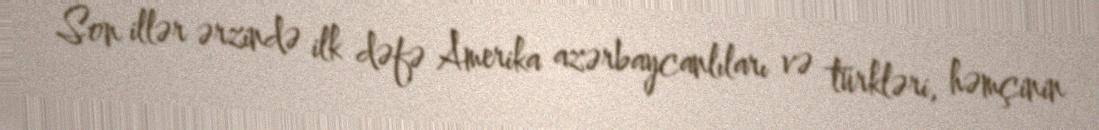
Son illər ərzində ilk dəfə Amerika azərbaycanlıları və türkləri, həmçinin